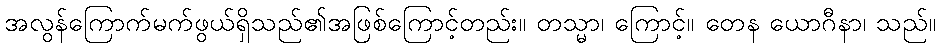
အလွန်ကြောက်မက်ဖွယ်ရှိသည်၏အဖြစ်ကြောင့်တည်း။ တသ္မာ၊ ကြောင့်။ တေန ယောဂီနာ၊ သည်။